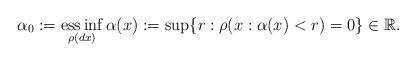
LaTeX: \begin{align*} \alpha_0 := \operatorname*{ess\,inf}_{\rho(dx)} \alpha(x) := \sup\{r:\rho(x:\alpha(x) < r) = 0\} \in \mathbb R. \end{align*}